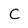
Character: C